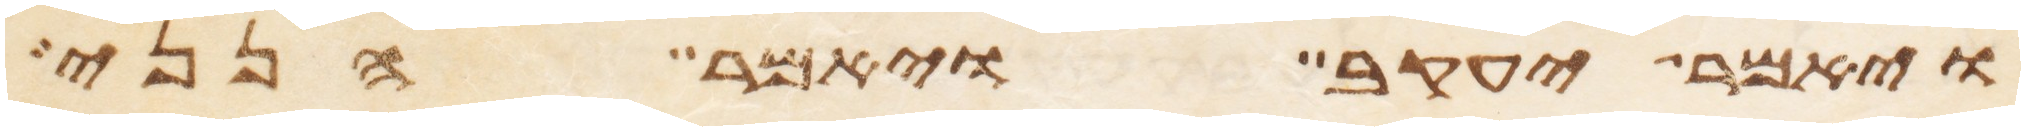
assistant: ויאמר יעקב ויאמר הנני